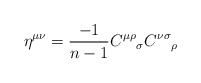
\begin{align*}\eta^{\mu\nu} = \frac{-1}{n-1}{C^{\mu\rho}}_\sigma {C^{\nu\sigma}}_\rho \end{align*}